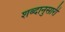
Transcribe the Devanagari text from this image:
शब्दानुसारी